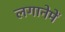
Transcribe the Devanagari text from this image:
लगानेमें